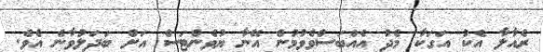
ރެއާލާ އެކު އަގަކާ މެދު އެއްބަސްވެވުމުން އޭނާ ޔުވެންޓަސް އަށް ބަދަލުވާނެ އެވެ.